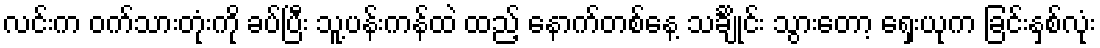
လင်းက ဝက်သားတုံးကို ခပ်ပြီး သူ့ပန်းကန်ထဲ ထည့် နောက်တစ်နေ့ သင်္ချိုင်း သွားတော့ ရှေးယုက ခြင်းနှစ်လုံး